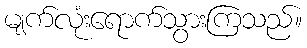
မျက်လုံးရောက်သွားကြသည်။